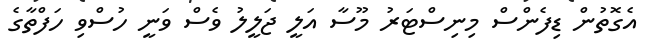
އެގޮތުން ޑިފެންސް މިނިސްޓަރު މޫސާ އަލީ ޖަލީލު ވެސް ވަނީ ހުސްވި ހަފްތާގެ